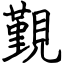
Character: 覲